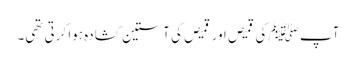
آپ ﷺ کی قمیص اور قمیص کی آستین کشادہ ہوا کرتی تھی۔